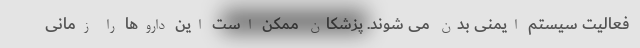
فعالیت سیستم ایمنی بدن می شوند. پزشکان ممکن است این داروها را زمانی